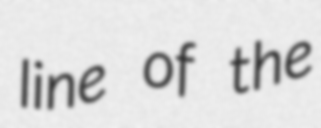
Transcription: line of the